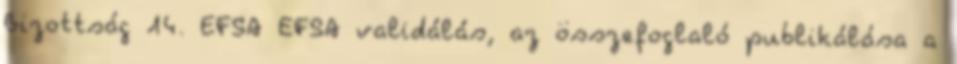
Bizottság 14. EFSA EFSA validálás, az összefoglaló publikálása a